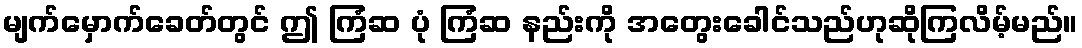
မျက်မှောက်ခေတ်တွင် ဤ ကြံဆ ပုံ ကြံဆ နည်းကို အတွေးခေါင်သည်ဟုဆိုကြလိမ့်မည်။